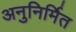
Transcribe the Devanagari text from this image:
अनुनिर्मित